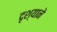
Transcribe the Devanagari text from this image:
दृश्याने